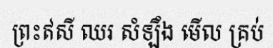
ព្រះឥសី ឈរ សំឡឹង មើល គ្រប់